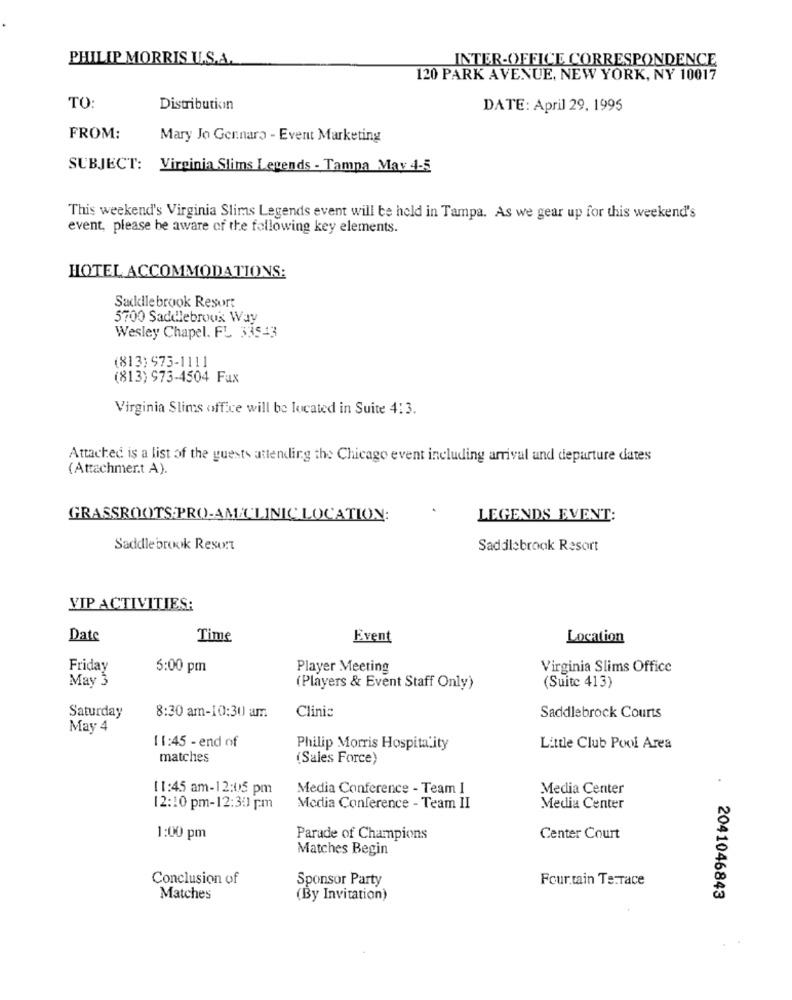
PHILIP MORRIS ILS.A.
INTER-OFFICE CORRESPONDENCE
120 PARK AVENUE, NEW YORK, NY 10017
TO:
Distribution
DATE: April 29, 1995
FROM:
Mary Jo Gennaro - Event Marketing
SUBJECT: Virginia Slims Legends - Tampa Mav 4-5
This weekend's Virginia Slims Legends event will be held in Tampa. As we gear up for this weekend's
event, please be aware of the following key elements.
HOTEL ACCOMMODATIONS:
Saddle brook Resort
5700 Saddlebrook Way
Wesley Chapel. FL 33543
(813) 973-1111
(813) 973-4504 Fax
Virginia Slims office will be located in Suite 413.
Attached is a list of the guests attending the Chicago event including arrival and departure dates
(Attachment A).
GRASSROOTS.PRO-AMACLINIC LOCATION:
LEGENDS EVENT:
Saddle brook Resort
Saddlebrook Resort
VIP ACTIVITIES:
Date
Time
Event
Location
Friday
5:00 pm
Player Meeting
Virginia Slims Office
May 3
(Players & Event Staff Only)
(Suite 413)
Clinic
Saturday
8:30 am-10:30 am
Saddlebrock Courts
May 4
11:45 - end of
Philip Morris Hospitality
Little Club Pool Area
matches
(Sales Force)
11:45 am-12:05 pm
Media Conference - Team I
Media Center
12:10 pm-12:30 pm
Media Conference - Team II
Media Center
1:00 pm
Parade of Champions
Center Court
Matches Begin
Conclusion of
Sponsor Party
Four.tain Terrace
Matches
(By Invitation)
2041046843